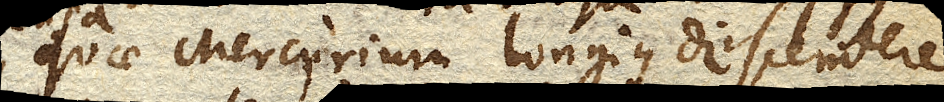
quae Mercurium longius descendere